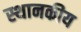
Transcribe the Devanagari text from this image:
स्थानकीय